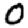
Digit: 0